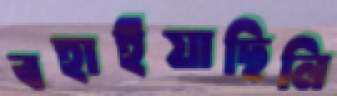
বহাইয়াছিলি